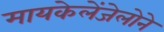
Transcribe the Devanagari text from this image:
मायकेलेंजेलोने